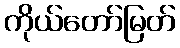
ကိုယ်တော်မြတ်